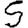
Digit: 5